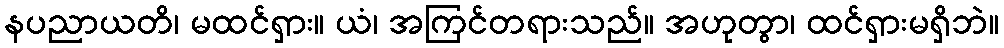
နပညာယတိ၊ မထင်ရှား။ ယံ၊ အကြင်တရားသည်။ အဟုတွာ၊ ထင်ရှားမရှိဘဲ။